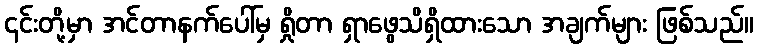
၎င်းတို့မှာ အင်တာနက်ပေါ်မှ ရှိုတာ ရှာဖွေသိရှိထားသော အချက်များ ဖြစ်သည်။